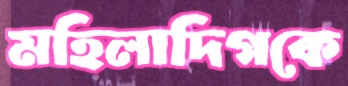
মহিলাদিগকে